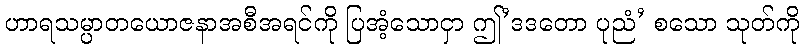
ဟာရသမ္ပာတယောဇနာအစီအရင်ကို ပြအံ့သောငှာ ဤ’ဒဒတော ပုညံ’ စသော သုတ်ကို